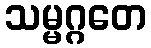
သမ္မဂ္ဂတေ